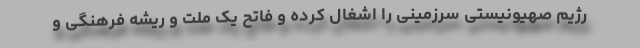
رژیم صهیونیستی سرزمینی را اشغال کرده و فاتح یک ملت و ریشه فرهنگی و